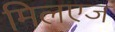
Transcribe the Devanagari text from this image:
मिलएज